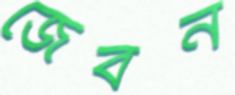
জেবন